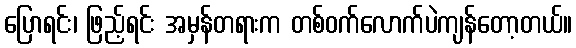
ပြောရင်း၊ ဖြည့်ရင်း အမှန်တရားက တစ်ဝက်လောက်ပဲကျန်တော့တယ်။